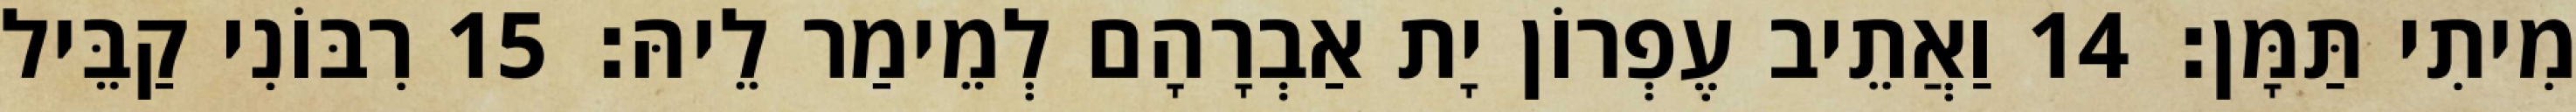
מִיתִי תַּמָּן׃ 14 וַאֲתֵיב עֶפְרוֹן יָת אַבְרָהָם לְמֵימַר לֵיהּ׃ 15 רִבּוֹנִי קַבֵּיל